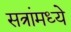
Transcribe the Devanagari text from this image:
सत्रांमध्ये